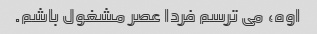
اوه، می ترسم فردا عصر مشغول باشم.